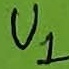
Text: U1